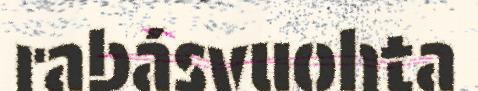
rabásvuohta